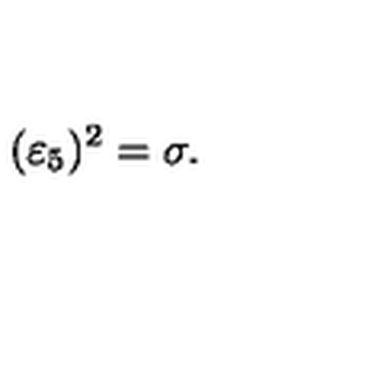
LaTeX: ( \varepsilon _ { 5 } ) ^ { 2 } = \sigma .